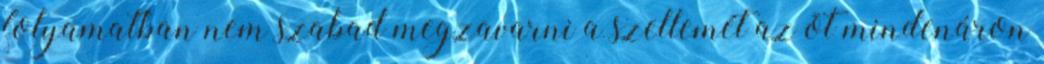
folyamatban nem szabad megzavarni a szellemét az õt mindenáron